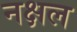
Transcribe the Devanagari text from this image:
नक्षल